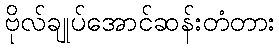
ဗိုလ်ချုပ်အောင်ဆန်းတံတား